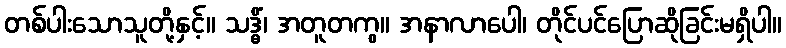
တစ်ပါးသောသူတို့နှင့်။ သဒ္ဓိံ၊ အတူတကွ။ အနာလာပေါ၊ တိုင်ပင်ပြောဆိုခြင်းမရှိပါ။